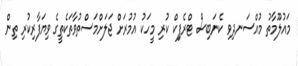
މައުލޫމާތު މުއްސަނދިވި ކެނަބިސް ޓްރެފިިކް ކުރި މީހަކު އުމުރަށް ޖަލަށްމަސްތުވާތަކެތީގެ ވިޔަފާރިކުރި ތިން